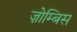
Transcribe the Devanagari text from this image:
ज़ोम्बिस